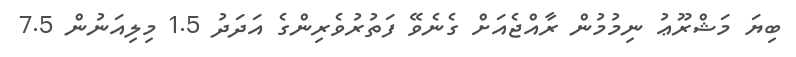
ބިޔަ މަޝްރޫޢު ނިމުމުން ރާއްޖެއަށް ގެނެވޭ ފަތުރުވެރިންގެ އަދަދު 1.5 މިލިއަނުން 7.5